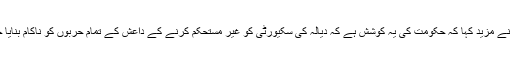
اُنھوں نے مزید کہا کہ حکومت کی یہ کوشش ہے کہ دیالہ کی سکیورٹی کو غیر مستحکم کرنے کے داعش کے تمام حربوں کو ناکام بنایا جائے۔